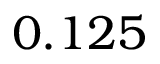
0 . 1 2 5